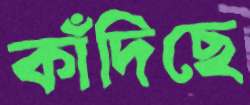
কাঁদিছে